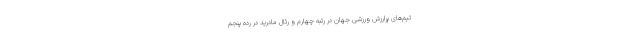
تیم‌های پرارزش ورزشی جهان در رتبه چهارم و رئال مادرید در رده پنجم